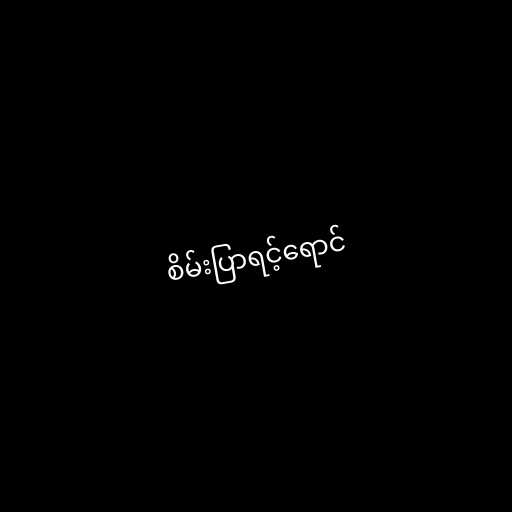
စိမ်းပြာရင့်ရောင်